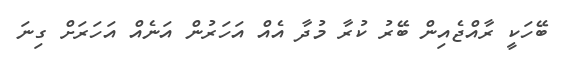
ބޭހަކީ ރާއްޖެއިން ބޭރު ކުރާ މުދާ އެއް އަހަރުން އަނެއް އަހަރަށް ގިނަ